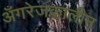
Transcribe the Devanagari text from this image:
अँगरेजकालीन